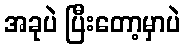
အခုပဲ ပြီးတော့မှာပဲ